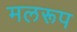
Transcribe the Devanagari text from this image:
मलरूप